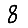
Digit: 8